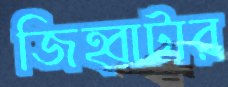
জিহ্বাটার